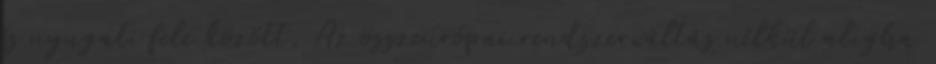
és nyugati fele között. Az összeurópai rendszerváltás nélkül aligha